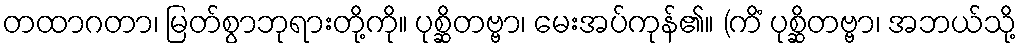
တထာဂတာ၊ မြတ်စွာဘုရားတို့ကို။ ပုစ္ဆိတဗ္ဗာ၊ မေးအပ်ကုန်၏။ (ကိံ ပုစ္ဆိတဗ္ဗာ၊ အဘယ်သို့